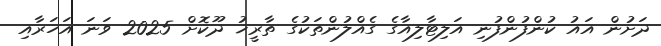
ދަށުން އައު ކުންފުންފުނި އަލިޓާލިއާގެ ގެއްލުންތަކުގެ ތާރީޚު ދޫކޮށް 2025 ވަނަ އަހަރާއި